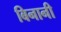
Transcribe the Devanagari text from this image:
बिनानी